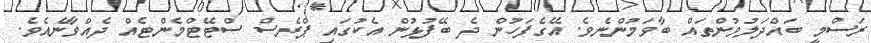
ރަސްމީ ބައްދަލުވުންތައް ބާވަމުންނެވެ. އޭގެފަހުން ދެ ބޭފުޅުން އެކުގައި ޕްރެސް ސްޓޭޓްމެންޓެއް ދެއްވާނެއެވެ.